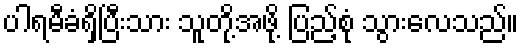
ပါရမီခံရှိပြီးသား သူတို့အဖို့ ပြည့်စုံ သွားလေသည်။